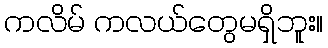
ကလိမ် ကလယ်တွေမရှိဘူး။